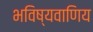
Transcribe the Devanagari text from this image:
भविष्यवाणिय